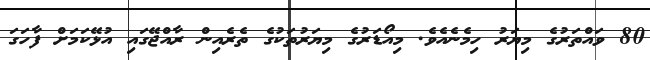
80 ވައްތަރުގެ މިޔަރު ހިމެނެއެވެ. މިއޯޑަރުގެ މިޔަރުތަކުގެ ތެރެއިން ރާއްޖޭގައި އުޅޭކަމަށް ފާހަގަ